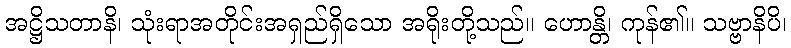
အဋ္ဌိသတာနိ၊ သုံးရာအတိုင်းအရှည်ရှိသော အရိုးတို့သည်။ ဟောန္တိ၊ ကုန်၏။ သဗ္ဗာနိပိ၊